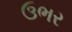
ઉભર